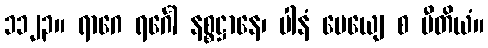
၁၁၂၃။ ရာဂေ ရင်္ဂေါ နစ္စဋ္ဌာနေ၊ ပါနံ ပေယျေ စ ပီတိယံ။